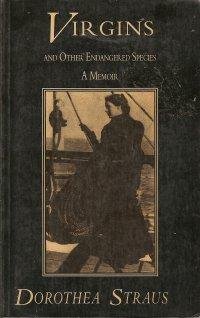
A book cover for Virgins and Other Endangered Species: A Memoir; Dorothea Straus; Humor & Entertainment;